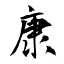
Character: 康